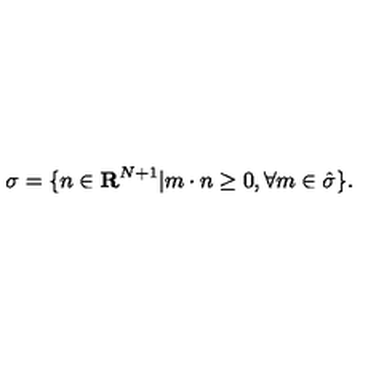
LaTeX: \sigma = \{ n \in { \bf R } ^ { N + 1 } | m \cdot n \geq 0 , \forall m \in \hat { \sigma } \} .